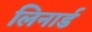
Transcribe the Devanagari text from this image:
लिनार्ड